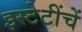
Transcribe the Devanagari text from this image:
इस्टेटींचें